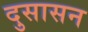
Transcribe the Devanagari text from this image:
दुसासन